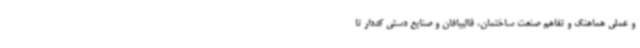
و عملی هماهنگ و تفاهم صنعت ساختمان، قالیبافان و صنایع دستی کددار تا